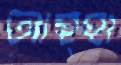
আহ্হা